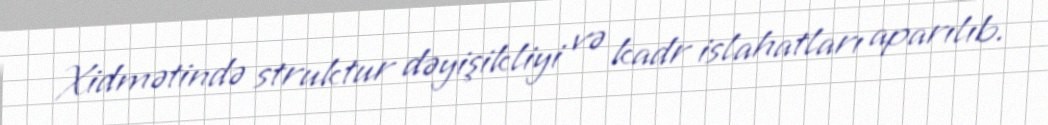
Xidmətində struktur dəyişikliyi və kadr islahatları aparılıb.